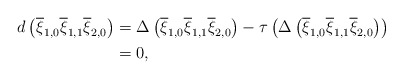
\begin{align*} d\left(\overline{\xi}_{1,0}\overline{\xi}_{1,1}\overline{\xi}_{2,0}\right) &= \Delta\left( \overline{\xi}_{1,0}\overline{\xi}_{1,1}\overline{\xi}_{2,0}\right) - \tau\left( \Delta\left( \overline{\xi}_{1,0}\overline{\xi}_{1,1}\overline{\xi}_{2,0}\right)\right) \\ &= 0,\end{align*}